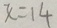
x = 1 4